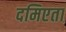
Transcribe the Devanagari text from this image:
दमिएता